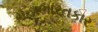
મહાભારતકાર